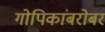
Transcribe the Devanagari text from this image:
गोपिकांबरोबर